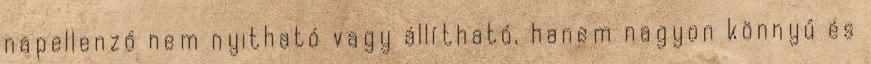
napellenző nem nyitható vagy állítható, hanem nagyon könnyű és